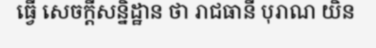
ធ្វើ សេចក្តីសន្និដ្ឋាន ថា រាជធានី បុរាណ យិន